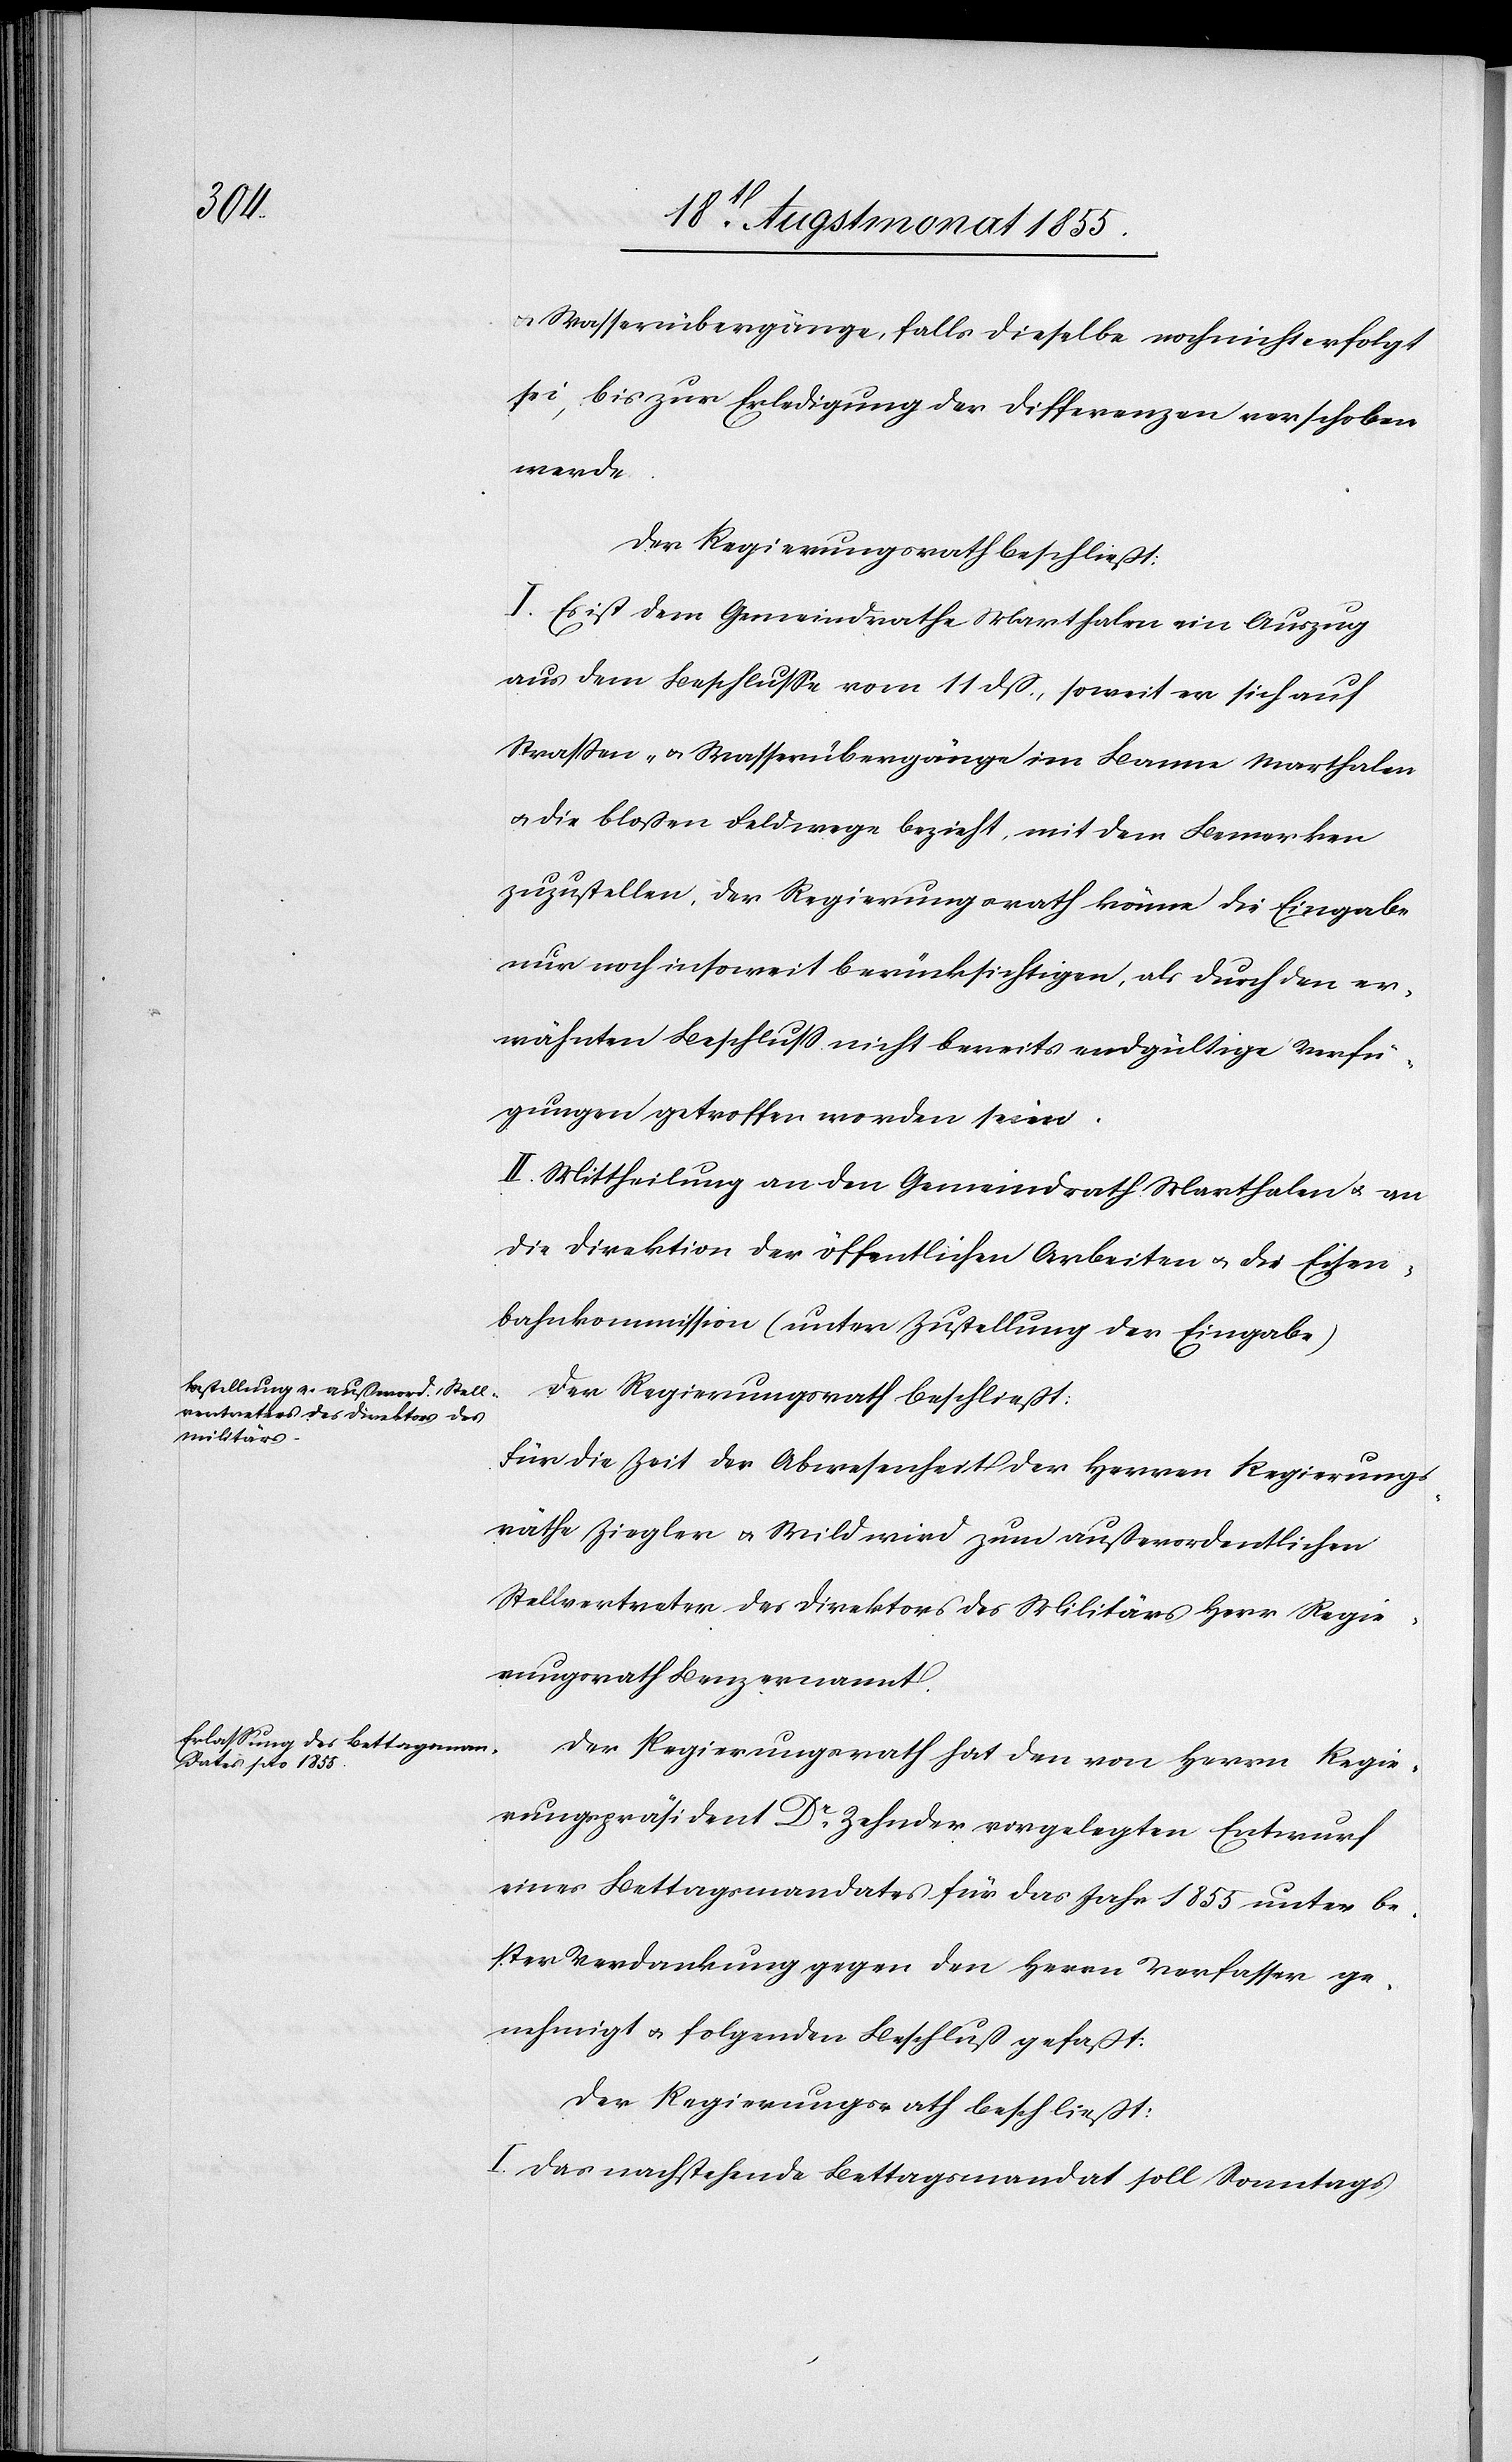
& Wasserübergänge, falls dieselbe noch nicht erfolgt
sei, bis zur Erledigung der Differenzen verschoben
werde.
Der Regierungsrath beschließt:
I. Es ist dem Gemeindrathe Marthalen ein Auszug
aus dem Beschlusse vom 11 dß., soweit er sich auf
Strassen- & Wasserübergänge im Banne Marthalen
& die bloßen Feldwege bezieht, mit dem Bemerken
zuzustellen, der Regierungsrath könne die Eingabe
nur noch insoweit berücksichtigen, als durch den er¬
wähnten Beschluss nicht bereits endgültige Verfü¬
gungen getroffen worden seien.
II. Mittheilung an den Gemeindrath Marthalen & an
die Direktion der öffentlichen Arbeiten & die Eisen¬
bahnkommission (unter Zustellung der Eingabe)[.]
Der Regierungsrath beschließt:
Für die Zeit der Abwesenheit der Herren Regierungs¬
räthe Ziegler & Wild wird zum außerordentlichen
Stellvertreter des Direktors des Militärs Herr Regie¬
rungsrath Benz ernannt.
Der Regierungsrath hat den von Herrn Regie¬
rungspräsident Dr. Zehnder vorgelegten Entwurf
eines Bettagsmandates für das Jahr 1855 unter be¬
ster Verdankung gegen den Herrn Verfasser ge¬
nehmigt & folgenden Beschluß gefaßt:
Der Regierungsrath beschließt:
I. Das nachstehende Bettagsmandat soll Sonntags